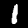
Digit: 1